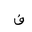
Letter: _fa